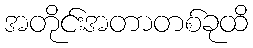
အတိုင်းအတာတစ်ခုထိ